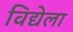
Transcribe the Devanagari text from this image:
विद्येला